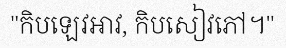
"កិបឡេវអាវ, កិបសៀវភៅ។"